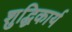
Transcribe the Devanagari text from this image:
शुद्धिकार्य